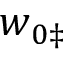
\boldsymbol { w } _ { 0 \ddag }